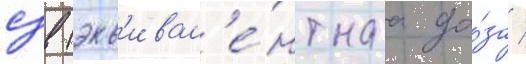
сзв (экв'ивал'е́нтнаа до́за /